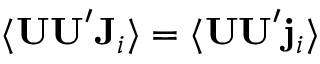
\langle \mathbf { U U } ^ { \prime } \mathbf { J } _ { i } \rangle = \langle \mathbf { U U } ^ { \prime } \mathbf { j } _ { i } \rangle